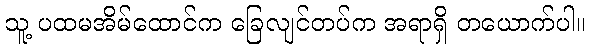
သူ့ ပထမအိမ်ထောင်က ခြေလျင်တပ်က အရာရှိ တယောက်ပါ။